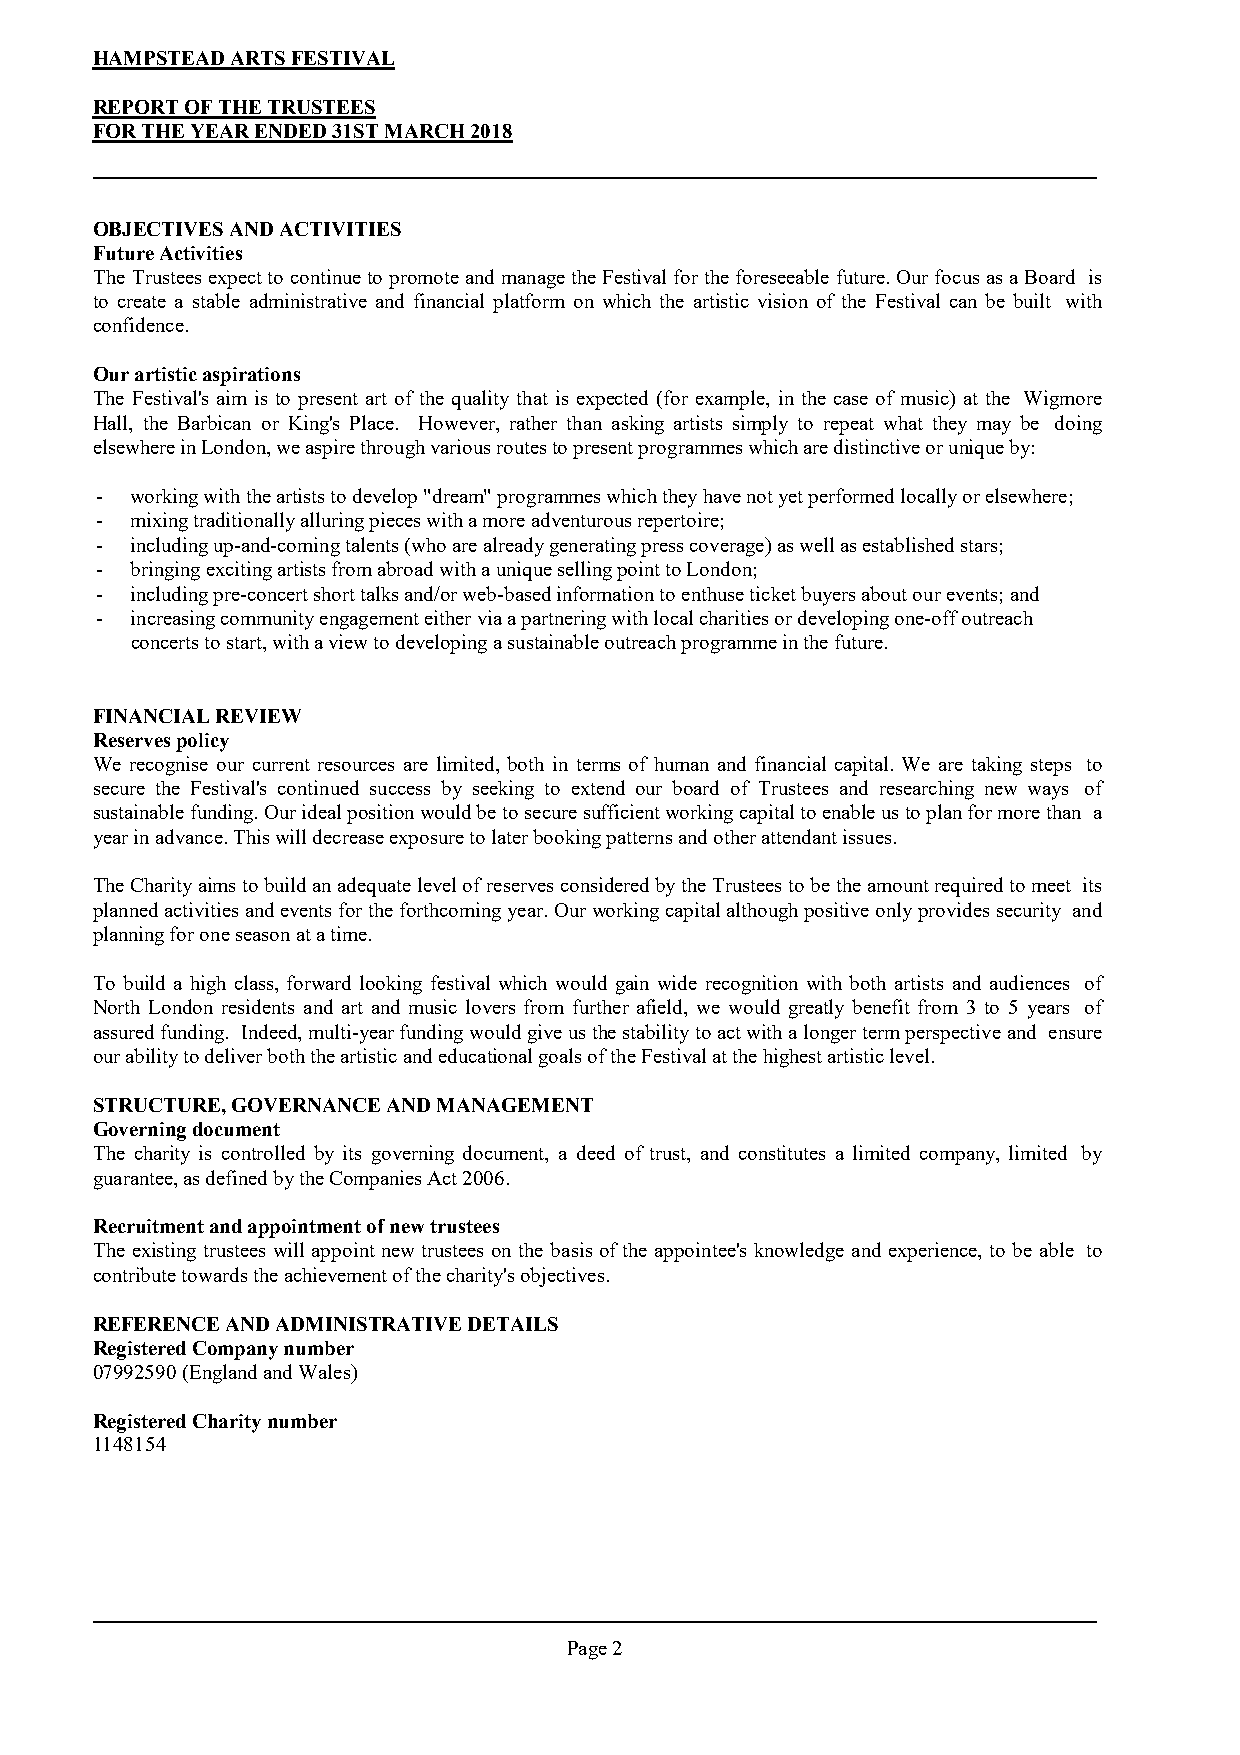
HAMPSTEAD ARTS FESTIVAL
 REPORT OF THE TRUSTEES
 FOR THE YEAR ENDED 31ST MARCH 2018
 OBJECTIVES AND ACTIVITIES
 Future Activities
 The Trusteesexpecttocontinueto promoteandmanagetheFestivalfortheforeseeable future.OurfocusasaBoard is
 to create a stable administrative and financial platform on which the artistic vision of the Festival can be built with
 confidence.
 Our artistic aspirations
 The Festival's aim is to present art of the quality that is expected (for example, in the case of music) at the Wigmore
 Hall, the Barbican or King's Place. However, rather than asking artists simply to repeat what they may be doing
 elsewhere in London, we aspire through various routes to present programmes which are distinctive or unique by:
 -  working with the artists to develop "dream" programmes which they have not yet performed locally or elsewhere;
 -  mixing traditionally alluring pieces with a more adventurous repertoire;
 -  including up-and-coming talents (who are already generating press coverage) as well as established stars;
 -  bringing exciting artists from abroad with a unique selling point to London;
 -  including pre-concert short talks and/or web-based information to enthuse ticket buyers about our events; and
 -  increasing community engagement either via a partnering with local charities or developing one-off outreach
 concerts to start, with a view to developing a sustainable outreach programme in the future.
 FINANCIAL REVIEW
 Reserves policy
 We recognise our current resources are limited, both in terms of human and financial capital. We are taking steps to
 secure the Festival's continued success by seeking to extend our board of Trustees and researching new ways of
 sustainablefunding.Ouridealpositionwouldbetosecuresufficientworkingcapitaltoenableustoplanformorethan a
 year in advance. This will decrease exposure to later booking patterns and other attendant issues.
 TheCharityaimstobuildanadequatelevelofreservesconsideredbytheTrusteestobetheamountrequiredtomeet its
 plannedactivitiesandeventsfortheforthcomingyear.Ourworkingcapitalalthoughpositiveonlyprovidessecurity and
 planning for one season at a time.
 To build a high class, forward looking festival which would gain wide recognition with both artists and audiences of
 North London residents and art and music lovers from further afield, we would greatly benefit from 3 to 5 years of
 assuredfunding. Indeed,multi-yearfundingwouldgiveusthestabilitytoactwithalongertermperspectiveand ensure
 our ability to deliver both the artistic and educational goals of the Festival at the highest artistic level.
 STRUCTURE, GOVERNANCE AND MANAGEMENT
 Governing document
 The charity is controlled by its governing document, a deed of trust, and constitutes a limited company, limited by
 guarantee, as defined by the Companies Act 2006.
 Recruitment and appointment of new trustees
 The existing trustees will appoint newtrustees on the basis of the appointee's knowledge and experience, to be able to
 contribute towards the achievement of the charity's objectives.
 REFERENCE AND ADMINISTRATIVE DETAILS
 Registered Company number
 07992590 (England and Wales)
 Registered Charity number
 1148154
 Page 2